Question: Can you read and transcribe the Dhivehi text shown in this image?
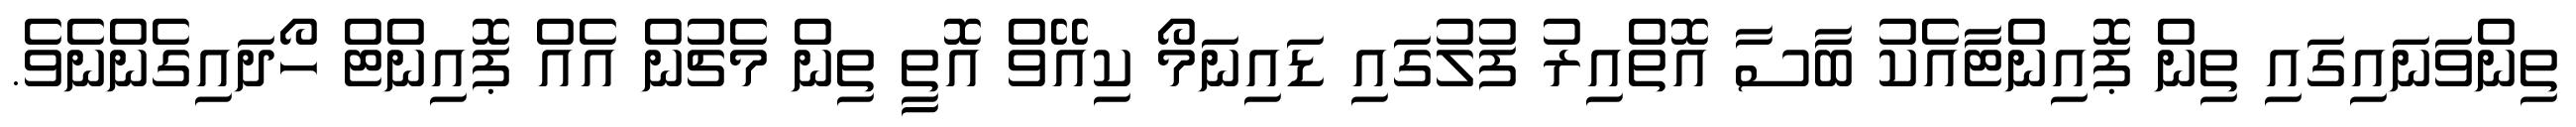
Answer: ތިންވަނައިގައި ތިން ޕޮއިންޓާއެކު ބާސާ އޮތްއިރު ފުލުގައި ޑައިނަމޯ ކިއޭވް އޮތީ ތިން މެޗުން އެއް ޕޮއިންޓް ހޯދައިގެންނެވެ.